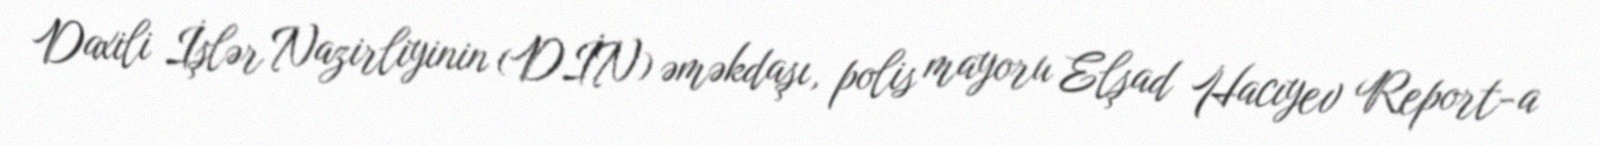
Daxili İşlər Nazirliyinin (DİN) əməkdaşı, polis mayoru Elşad Hacıyev Report-a